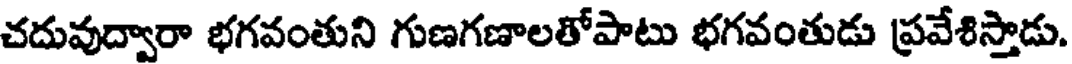
చదువుద్వారా భగవంతుని గుణగణాలతోపాటు భగవంతుడు ప్రవేశిస్తాడు.